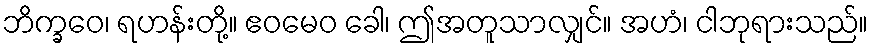
ဘိက္ခဝေ၊ ရဟန်းတို့။ ဧဝမေဝ ခေါ၊ ဤအတူသာလျှင်။ အဟံ၊ ငါဘုရားသည်။